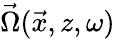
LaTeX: \vec{\Omega}(\vec{x},z,\omega)